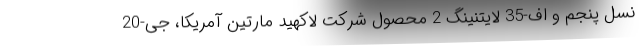
نسل پنجم و اف-35 لایتنینگ 2 محصول شرکت لاکهید مارتین آمریکا، جی-20